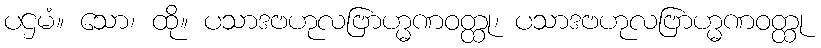
ပဌမံ။ သော၊ ထို။ ပသာဒဗဟုလဗြာဟ္မဏဝတ္ထု၊ ပသာဒဗဟုလဗြာဟ္မဏဝတ္ထု